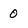
Character: 0